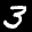
Label: 3